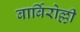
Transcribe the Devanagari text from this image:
बार्बिरोल्ली